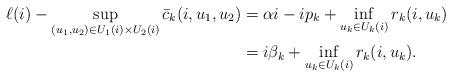
LaTeX: \begin{align*}\ell(i)-\sup_{(u_1,u_2)\in U_1(i)\times U_2(i)}\bar{c}_k(i,u_1,u_2)&=\alpha i-ip_k+\inf_{u_k\in U_k(i)}r_k(i,u_k)\\&=i\beta_k + \inf_{u_k\in U_k(i)}r_k(i,u_k).\end{align*}